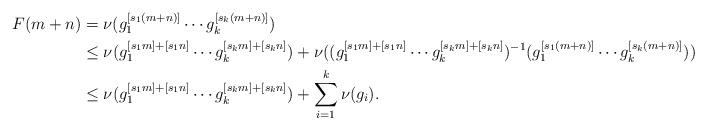
LaTeX: \begin{align*}F(m+n)&=\nu(g_1^{[s_1(m+n)]}\cdots g_k^{[s_k(m+n)]})\\&\leq\nu(g_1^{[s_1m]+[s_1n]}\cdots g_k^{[s_km]+[s_kn]})+\nu((g_1^{[s_1m]+[s_1n]}\cdots g_k^{[s_km]+[s_kn]})^{-1}(g_1^{[s_1(m+n)]}\cdots g_k^{[s_k(m+n)]}))\\&\leq\nu(g_1^{[s_1m]+[s_1n]}\cdots g_k^{[s_km]+[s_kn]})+\sum_{i=1}^k\nu(g_i).\\\end{align*}